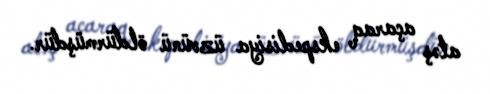
atəş açaraq ekspedisiya üzvünü öldürmüşdür.